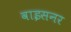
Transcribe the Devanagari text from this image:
वाइसनर